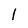
Character: 1